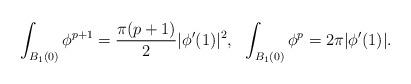
LaTeX: \begin{align*}\int_{B_1(0)}\phi^{p+1}=\frac{\pi(p+1)}{2}|\phi'(1)|^2,\ \ \int_{B_1(0)}\phi^{p}= 2\pi|\phi'(1)|.\end{align*}